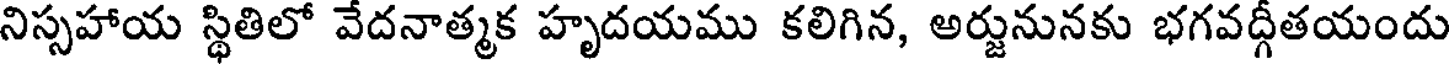
నిస్సహాయ స్థితిలో వేదనాత్మక హృదయము కలిగిన, అర్జునునకు భగవద్గీతయందు